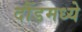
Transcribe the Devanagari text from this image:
दौंडमध्ये